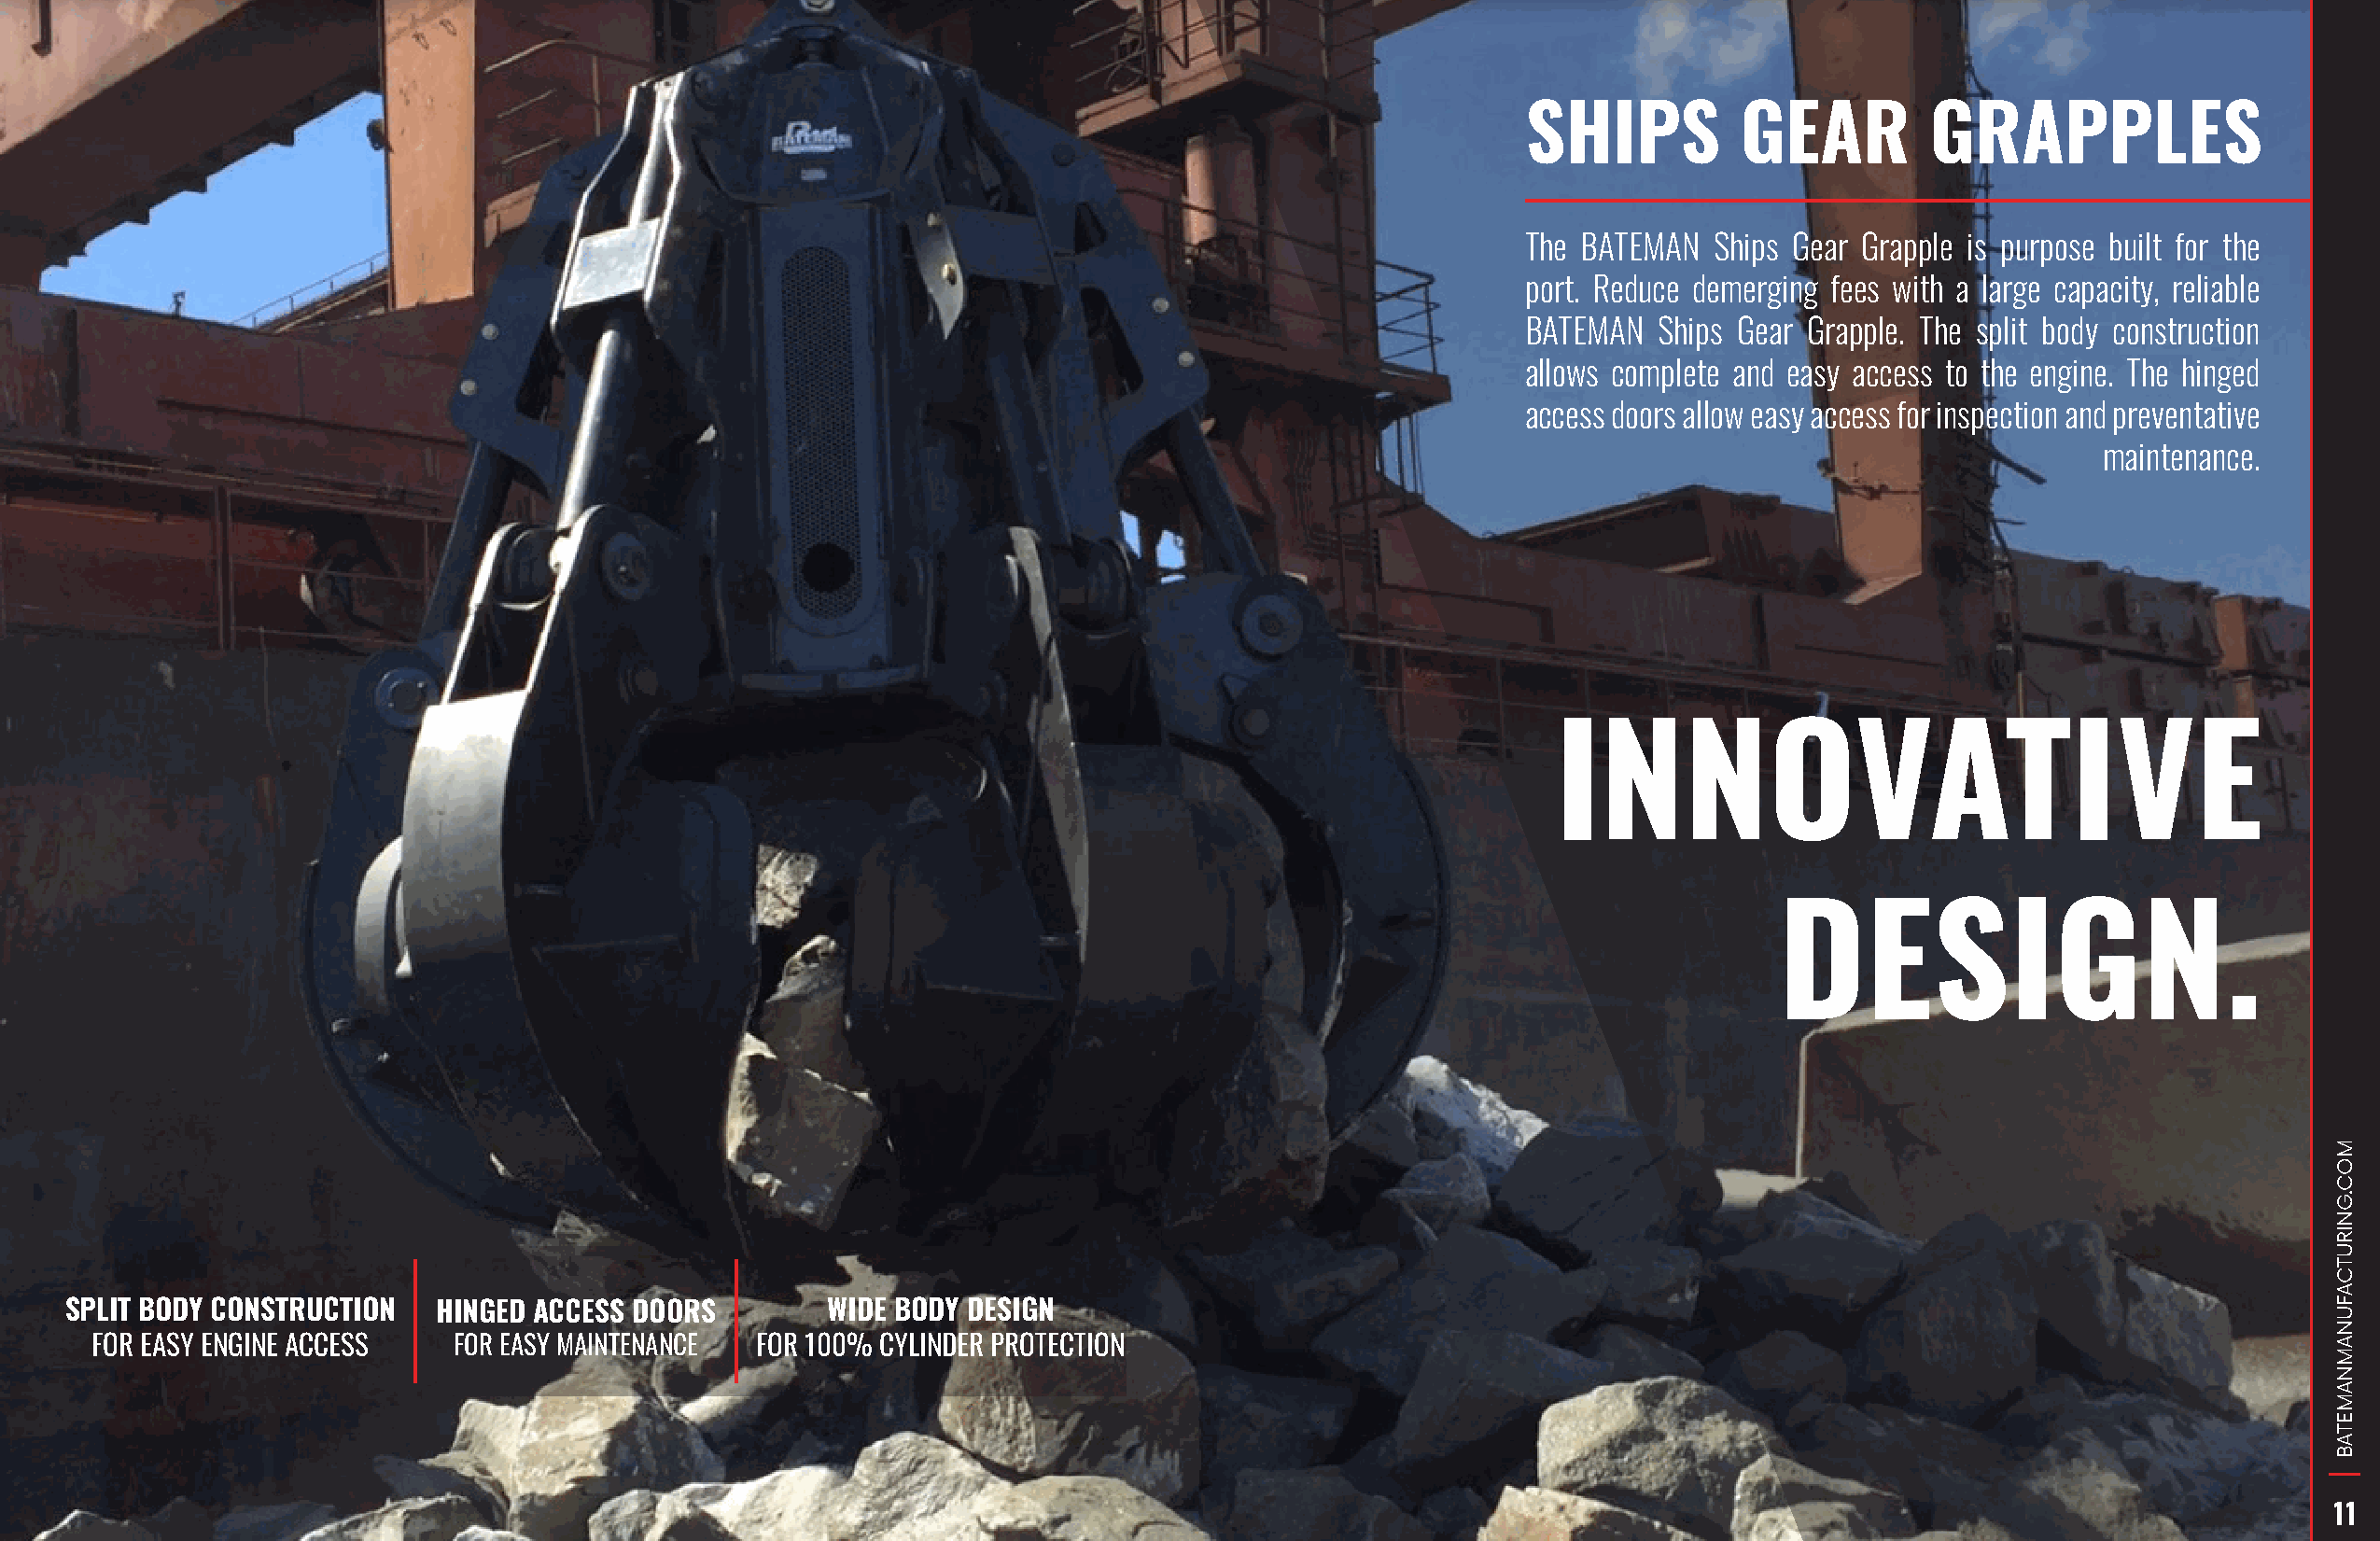
SHIPS          GEAR          GRAPPLES
 The BATEMAN   Ships Gear Grapple is purpose built for the
 port. Reduce demerging fees with a large capacity, reliable
 BATEMAN   Ships Gear Grapple. The split body construction
 allows complete and easy access to the engine. The hinged
 access doors allow easy access for inspection and preventative
 maintenance.
 INNOVATIVE
 DESIGN.
 SPLIT BODY CONSTRUCTION   HINGED ACCESS DOORS         WIDE BODY DESIGN
 FOR EASY ENGINE ACCESS    FOR EASY MAINTENANCE  FOR 100% CYLINDER PROTECTION
 11
 MOC.GNIRUTCAFUNAMNAMETAB